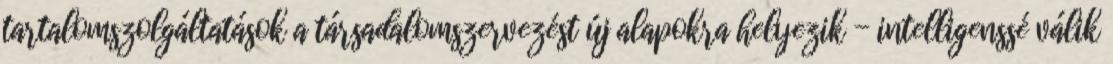
tartalomszolgáltatások a társadalomszervezést új alapokra helyezik - intelligenssé válik